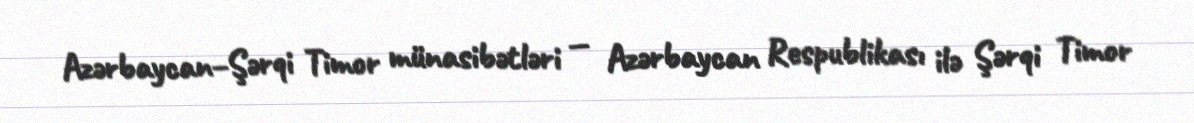
Azərbaycan–Şərqi Timor münasibətləri — Azərbaycan Respublikası ilə Şərqi Timor